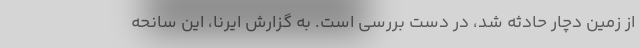
از زمین دچار حادثه شد، در دست بررسی است. به گزارش ایرنا، این سانحه